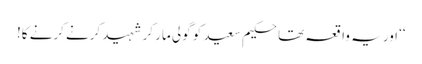
‘‘ اور یہ واقعہ تھا حکیم سعید کو گولی مار کر شہید کرنے کرنے کا!